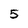
Character: 5